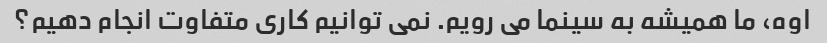
اوه، ما همیشه به سینما می رویم. نمی توانیم کاری متفاوت انجام دهیم؟